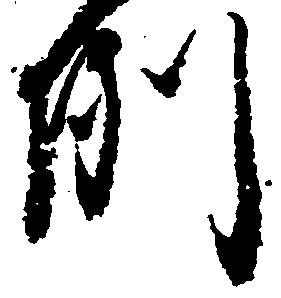
例